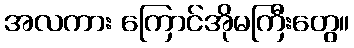
အလကား ကြောင်အိုမကြီးတွေ။